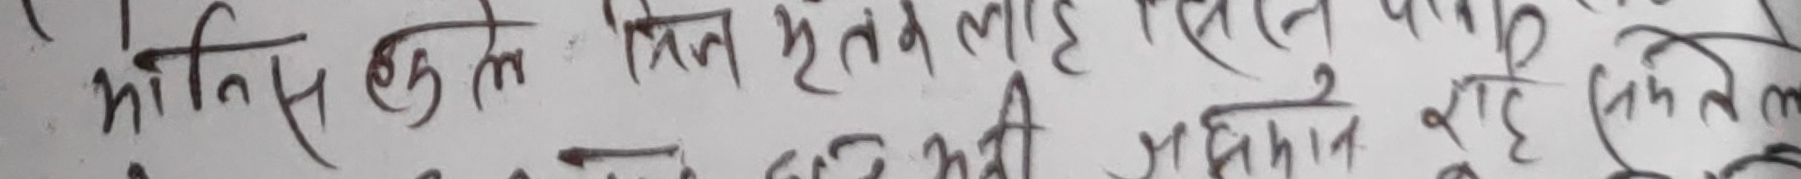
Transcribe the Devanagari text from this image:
मोनिस कतै बित्ते हेर्नु लाइ रहित पाए दुई र रहेको